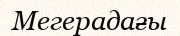
Мегерадағы